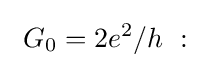
\ G_{0}=2e^{2}/h\ :